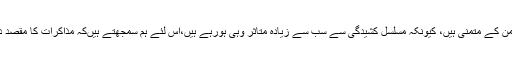
انہوںنے کہاکہ تنازعہ کشمیر کے بنیادی فریق یعنی کشمیری عوام سب سے زیادہ امن کے متمنی ہیں، کیونکہ مسلسل کشیدگی سے سب سے زیادہ متاثر وہی ہورہے ہیں،اس لئے ہم سمجھتے ہیںکہ مذاکرات کا مقصد دنیا کو دکھانے کے لیے محض تصویریں اتارنا نہیں بلکہ مسئلے کا حل ہونا چاہیے ۔